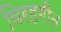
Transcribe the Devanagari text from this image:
विरहगीत